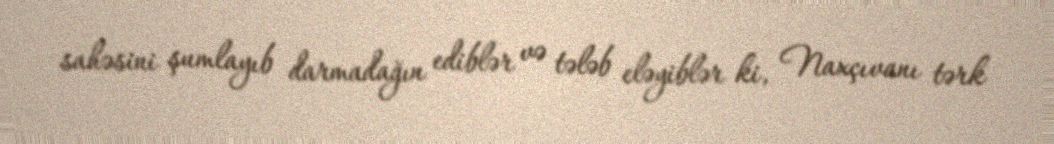
sahəsini şumlayıb darmadağın ediblər və tələb eləyiblər ki, Naxçıvanı tərk